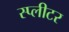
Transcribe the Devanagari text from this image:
स्प्लीटर